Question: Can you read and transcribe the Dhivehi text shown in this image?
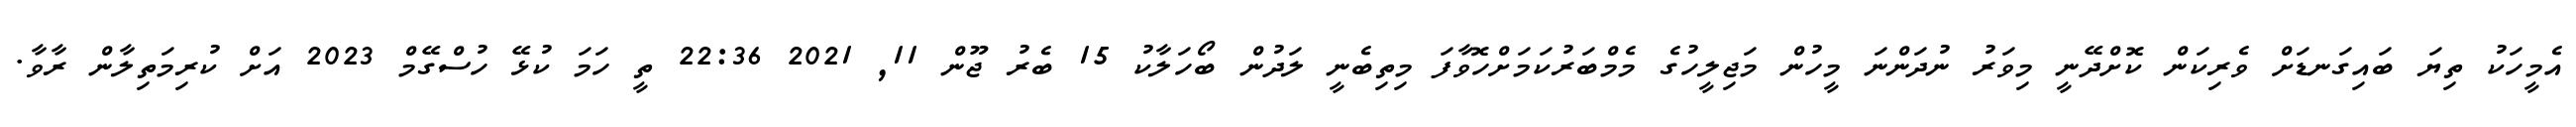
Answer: އެމީހަކު ތިޔަ ބައިގަނޑަށް ވެރިކަން ކޮށްދޭނީ މިވަރު ނުދަންނަ މީހުން މަޖިލީހުގެ މެމްބަރުކަމަށްހޮވާފަ މިތިބެނީ ލަދުން ބޯހަލާކު 15 ބެރު ޖޫން 11, 2021 22:36 ތީ ހަމަ ކުޅޭ ހުސްގޭމް 2023 އަށް ކުރިމަތިލާން ރާވާ.